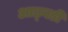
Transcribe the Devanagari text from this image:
आठ्वडी